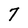
Character: 7